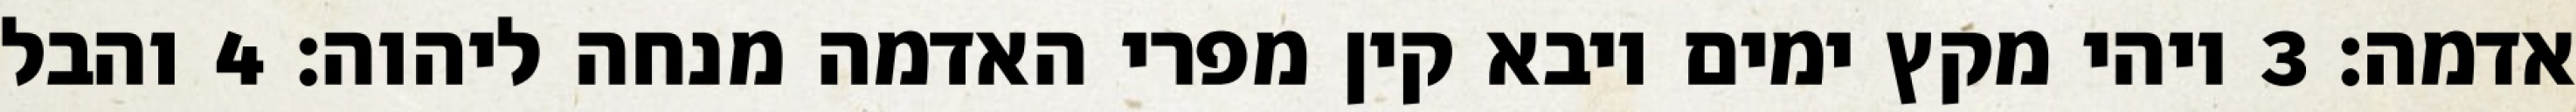
אדמה׃ ‎3‏ ויהי מקץ ימים ויבא קין מפרי האדמה מנחה ליהוה׃ ‎4‏ והבל